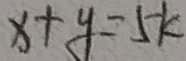
x + y = 5 k